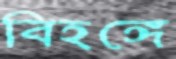
বিহঙ্গে